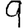
Digit: 9